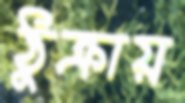
ঠুক্‌রায়